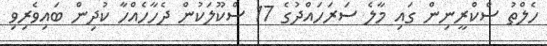
ހެލްތު ސްކްރީނިން ގައި މާލެ ސަރަހައްދުގެ 17 ސްކޫލަކުން ދެހާހެއްހާ ކުދިން ބައިވެރިވި